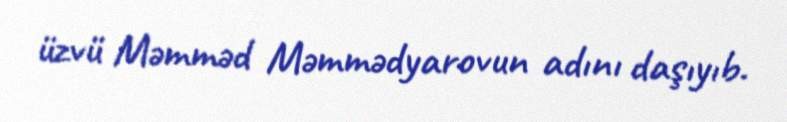
üzvü Məmməd Məmmədyarovun adını daşıyıb.